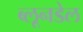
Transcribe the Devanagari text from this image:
ब्लूनडेल